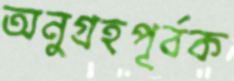
অনুগ্রহপূর্বক